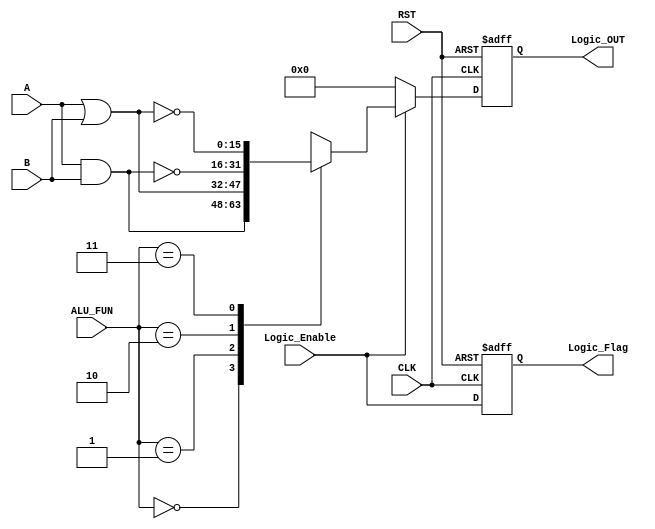
module Logic_UNIT #(parameter WIDTH=16)
(
input wire  signed [WIDTH-1:0] A,
input wire  signed [WIDTH-1:0] B,
input wire         [1:0]       ALU_FUN,
input wire                     CLK,
input wire                     RST,
input wire                     Logic_Enable,

output reg  signed [WIDTH-1:0] Logic_OUT,
output reg                     Logic_Flag
);
reg signed [WIDTH-1:0] Logic_OUT_COMB;
wire                   Logic_Flag_COMB;

assign Logic_Flag_COMB = Logic_Enable;

always@(posedge CLK or negedge RST)
begin
 if(!RST)
  begin
     Logic_OUT<=0;
     Logic_Flag<=0;
  end
 else
  begin
     Logic_OUT<=Logic_OUT_COMB;
     Logic_Flag<=Logic_Flag_COMB;
  end
end

always@(*)
begin
  Logic_OUT_COMB=0;
 if(Logic_Enable)
  begin
    case(ALU_FUN)
     2'b00:
      begin
              Logic_OUT_COMB = A&B;
      end
     2'b01:
      begin
             
              Logic_OUT_COMB = A|B;
      end
     2'b10:
      begin
              Logic_OUT_COMB = ~(A&B);// in tb for nor {~1'b0,1010};
      end
     2'b11:
      begin
              Logic_OUT_COMB = ~(A|B);
      end
    endcase
  end
  
end
endmodule